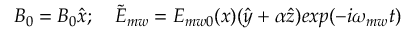
{ B _ { 0 } } = B _ { 0 } \hat { x } ; \quad \tilde { E } _ { m w } = E _ { m w 0 } ( x ) ( \hat { y } + \alpha \hat { z } ) e x p ( - i \omega _ { m w } t )